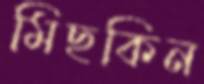
মিছকিন